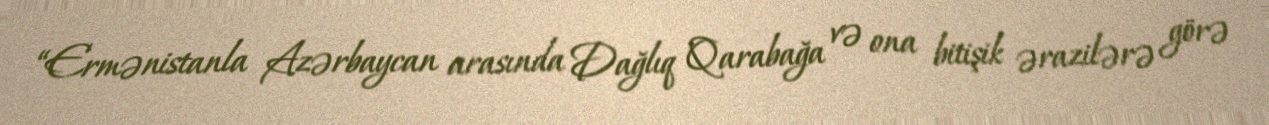
“Ermənistanla Azərbaycan arasında Dağlıq Qarabağa və ona bitişik ərazilərə görə